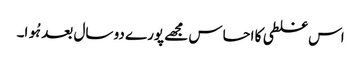
اس غلطی کا احساس مجھے پورے دو سال بعد ہُوا۔